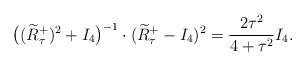
LaTeX: \begin{align*} \big((\widetilde{R}^+_\tau)^2+I_4\big)^{-1}\cdot (\widetilde{R}^+_\tau-I_4)^2 =\dfrac{2\tau^2}{4+\tau^2} I_4.\end{align*}